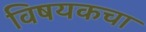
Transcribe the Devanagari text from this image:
विषयकचा